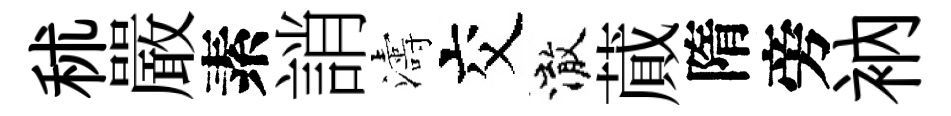
秫嚴素誚濤交澈蕆隋旁衲